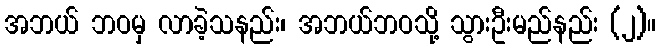
အဘယ် ဘဝမှ လာခဲ့သနည်း၊ အဘယ်ဘဝသို့ သွားဦးမည်နည်း (၂)။